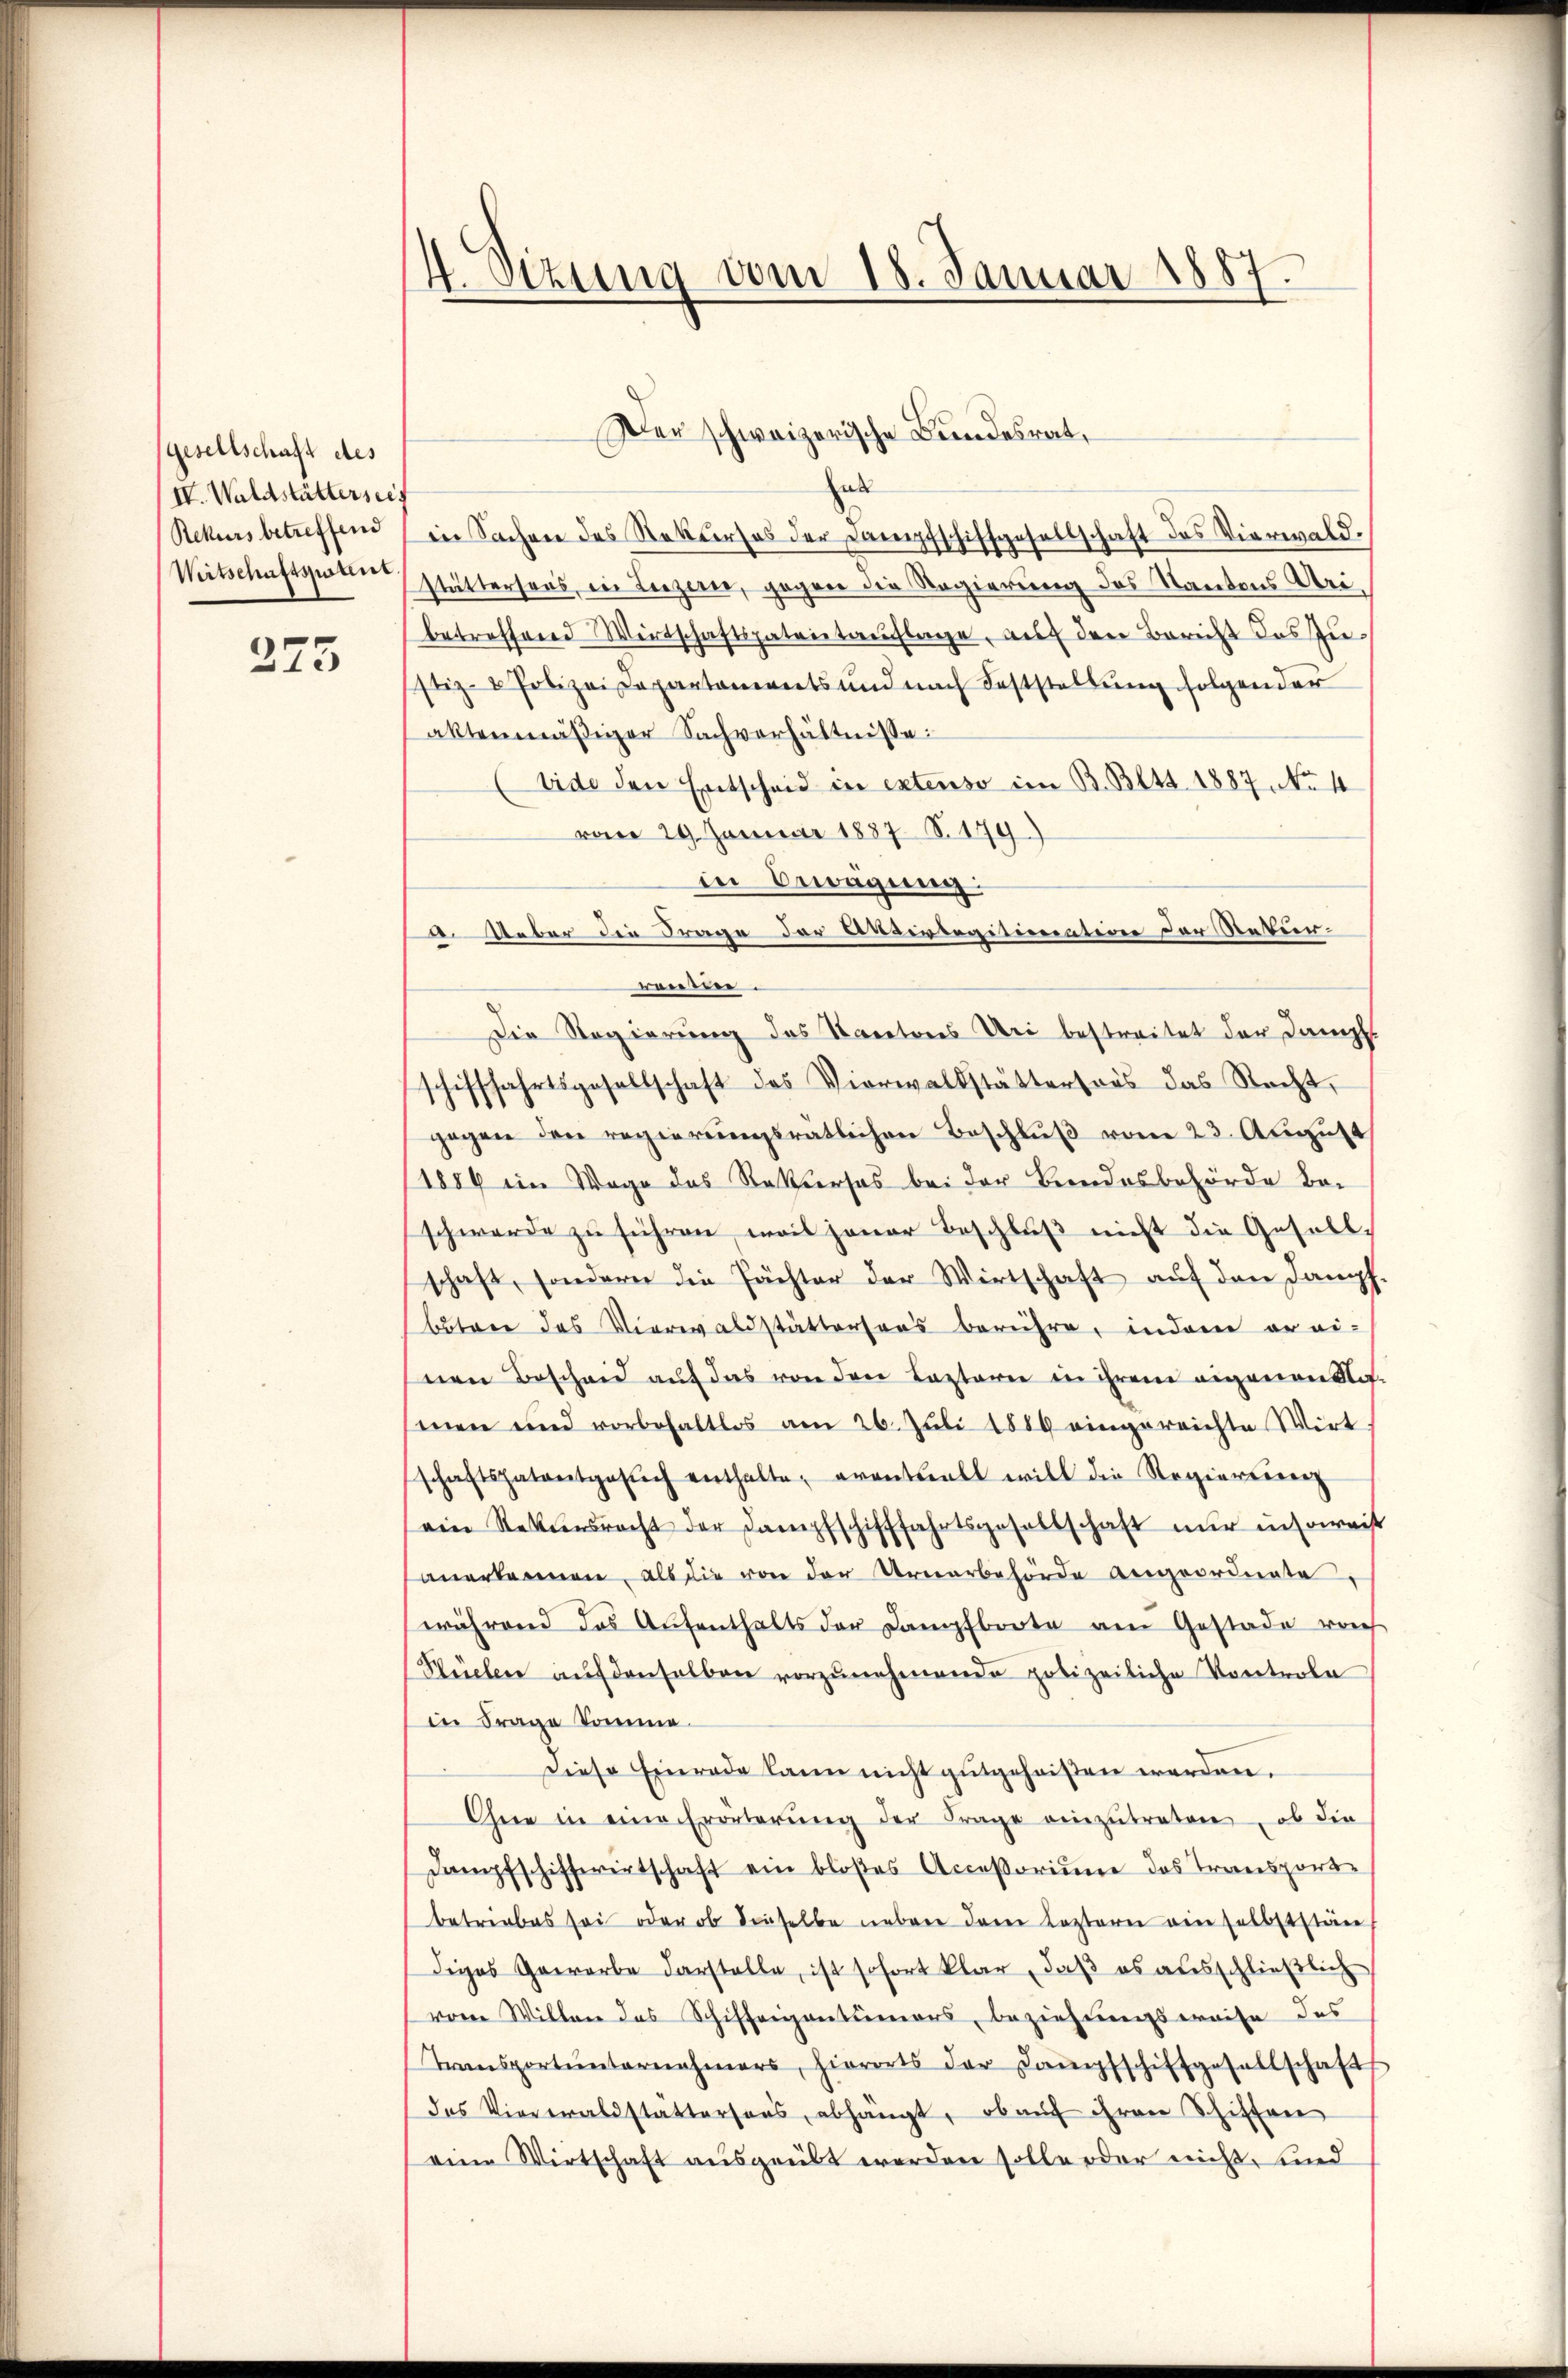
gesellschaft des
IV. Waldstätterseit
Rekurs betreffend
Witschaftspatent.

223

4. Sizung vom 18. Januar 1887.

ha
in Sachen des Rekurses der Dampfschiffgesellschaft des Vierwald.
stättersens, ein Leezern, gegen die Regierung des Kantons Uribetreffend Wirtschaftspatentaŭflage, auf den Bericht das Zu-
stiz- & Polizei Departaments und nach Feststellŭng folgender
aktenmäßiger Sachverhältnisse:
Eide den Entscheid in extenso im B. Bett. 1887, No 4
vom 29. Januar 1887 S.179)
in Bewegung
a. Ueber die Frage der Aktivtegitimation der Natur-
weisen.
Die Regierung des Kantons Uri bestreitet der Dampf.
schifffahrtsgesellschaft des Vierwaltstättersans das Recht,
gegen den regierungsratlichen Beschluß vom 23. August
1886 im Wege das Rekurses bei der Beendesbehörde be-
schwerde zu führen, weil jener Beschluß nicht die Gesellschaft, sondern die Pächter der Wirtschaft auf den Dampf
batree des Vierwaldstättersaas berühre, indem er ei-
nen Bescheid auf das von den Lasterie in ihrem eigenen Stofmen und vorbehaltlos am 26. Juli 1889 eingereichte Wirt
schaftspatentgesŭch enthalte, eventuell will die Regierenz
ein Rekŭrsracht der Dampfschifffahrtsgesellschaft nŭr insoweit
sanerkennen, als die von der Urnerbehörde angeordnete,
während das Aŭfenthalts der Dampfboote am Gestade vo
Büeler aŭf denselben vorzŭnehmende polizeiliche Vortrole
in Frage komme.
Diese Einrade kann nicht gutgeheißen werden.
Ohne in eine Erörterŭng der Frage einzŭtreten, ob die
Dampfschiffwirtschaft ein bloßes Accessorium das Transport-
betriebes sei oder ob dieselbe neben dem Leztern ein selbststän
diges Gewerbe darstelle, ist sofort klar, daß es ausschließlich
vom Willen des Schiffergentümers, beziehungsweise des
Transportŭnternehmers, hierorts der Dampfschiffgesellschafts
das Viereraldstattersans abhängt, ob auf ihren Schiffen
eine Wirtschaft ausgeübt werden solle oder nicht, sind

Der schweizerische Bundesrat,